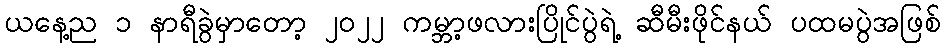
ယနေ့ည ၁ နာရီခွဲမှာတော့ ၂၀၂၂ ကမ္ဘာ့ဖလားပြိုင်ပွဲရဲ့ ဆီမီးဖိုင်နယ် ပထမပွဲအဖြစ်